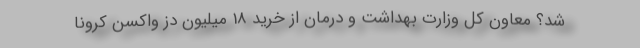
شد؟ معاون کل وزارت بهداشت و درمان از خرید 18 میلیون دُز واکسن کرونا